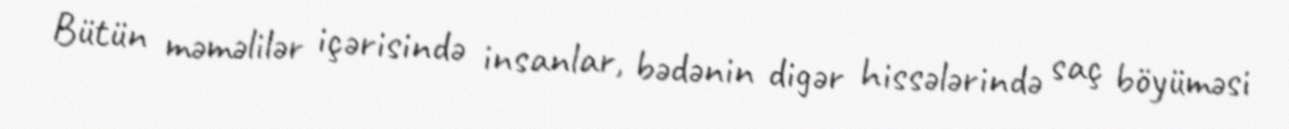
Bütün məməlilər içərisində insanlar, bədənin digər hissələrində saç böyüməsi